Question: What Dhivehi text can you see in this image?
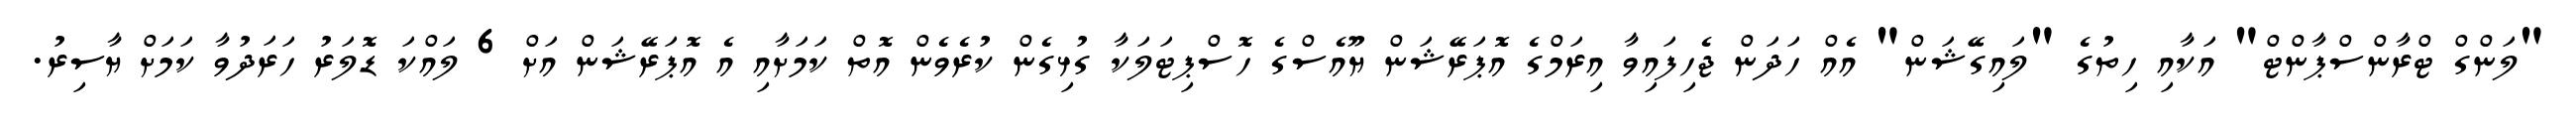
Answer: "ލަންގް ޓްރާންސްޕާންޓް" އަކާއި ހިތުގެ "ލައިގޭޝަން" އެއް ހަދަން ޖެހިފައިވާ އިރަމްގެ އޮޕަރޭޝަން ޔޫއެސްގެ ހޮސްޕިޓަލަކާ ގުޅިގެން ކުރެވެން އޮތް ކަމަށާއި އެ އޮޕަރޭޝަން އަށް 6 ލައްކަ ޑޮލަރު ހަރަދުވާ ކަމަށް ޔާސިރު.